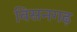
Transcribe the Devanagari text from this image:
विसनगढ़